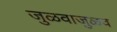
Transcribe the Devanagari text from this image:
जुळवाजुळव